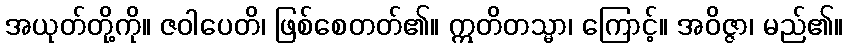
အယုတ်တို့ကို။ ဇဝါပေတိ၊ ဖြစ်စေတတ်၏။ ဣတိတသ္မာ၊ ကြောင့်။ အဝိဇ္ဇာ၊ မည်၏။